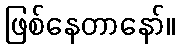
ဖြစ်နေတာနော်။